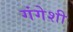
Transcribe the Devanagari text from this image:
गंगेशी